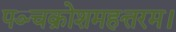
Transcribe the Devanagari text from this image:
पञ्चक्रोशमहत्तरम।